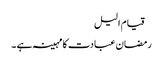
 قیام الیل
رمضان عبادت کا مہینہ ہے ۔